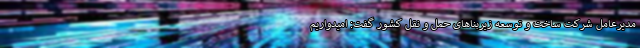
مدیرعامل شرکت ساخت و توسعه زیربناهای حمل و نقل کشور گفت: امیدواریم